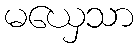
မယှေသာ